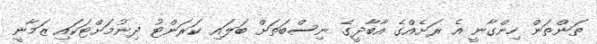
ތަންތަން ހިންގާނީ އެ ރަށެއްގެ އާބާދީގެ ނިސްބަތަށް ބަލައި ކަރަންޓު ދިނުމަށްޓަކައި ޒަމާނީ